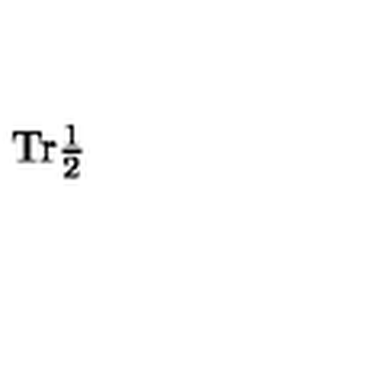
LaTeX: \mathrm { T r } \textstyle \frac { 1 } { 2 }